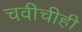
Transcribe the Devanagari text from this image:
चवीचीही